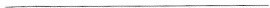
___